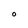
Character: O